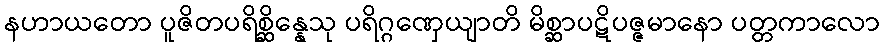
နဟာယတော ပူဇိတပရိစ္ဆိန္နေသု ပရိဂ္ဂဏှေယျာတိ မိစ္ဆာပဋိပဇ္ဇမာနော ပတ္တကာလော